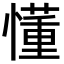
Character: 懂